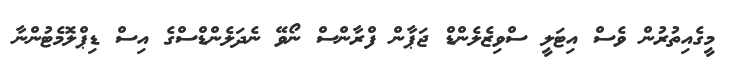
މީގެއިތުރުން ވެސް އިޓަލީ ސްވިޒެލެންޑް ޖަޕާން ފްރާންސް ނޯވޭ ނެދަލެންޑްސްގެ އިސް ޑިޕްލޮމެޓުންނާ